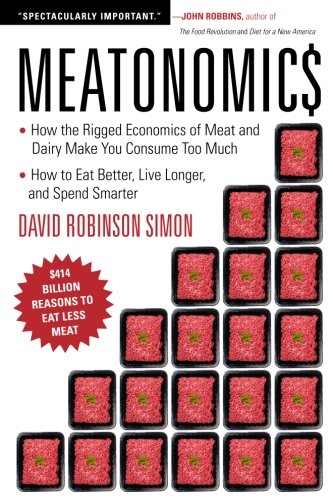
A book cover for Meatonomics: How the Rigged Economics of Meat and Dairy Make You Consume Too Much-and How to Eat Better, Live Longer, and Spend Smarter; David Robinson Simon; Science & Math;